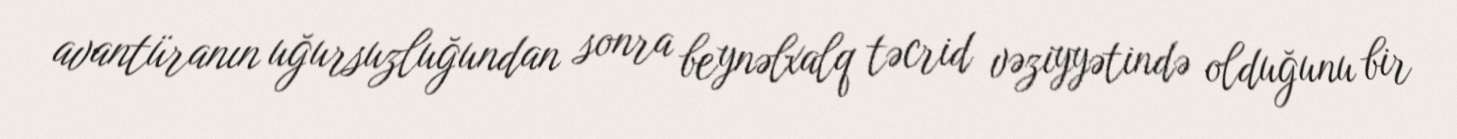
avantüranın uğursuzluğundan sonra beynəlxalq təcrid vəziyyətində olduğunu bir